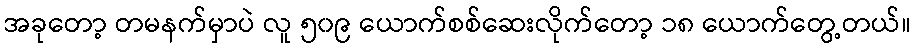
အခုတော့ တမနက်မှာပဲ လူ ၅၀၉ ယောက်စစ်ဆေးလိုက်တော့ ၁၈ ယောက်တွေ့တယ်။